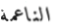
الناعمة